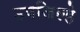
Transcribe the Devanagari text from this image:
उपजिल्हे